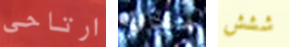
ارتاحي هناك ششش